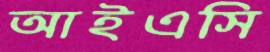
আইএসি